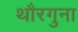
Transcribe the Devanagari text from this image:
थौरगुना